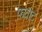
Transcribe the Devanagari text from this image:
फ़वाद